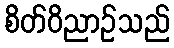
စိတ်ဝိညာဉ်သည်